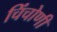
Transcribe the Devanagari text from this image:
चिंचोणी